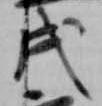
戌